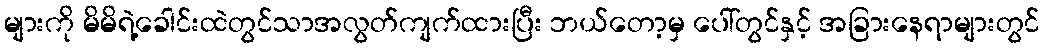
များကို မိမိရဲ့ခေါင်းထဲတွင်သာအလွတ်ကျက်ထားပြီး ဘယ်တော့မှ ပေါ်တွင်နှင့် အခြားနေရာများတွင်